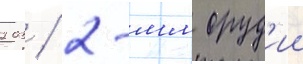
203 / 2-мм оруд'ии